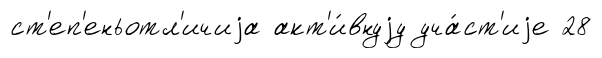
ст'еп'еньотл'ичиjа акт'и́внуjу уча́ст'иjе 28